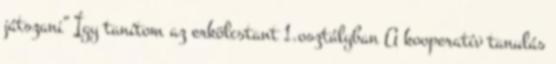
játszani” Így tanítom az erkölcstant 1.osztályban A kooperatív tanulás